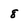
Character: 8